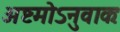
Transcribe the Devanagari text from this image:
अष्टमोऽनुवाकः